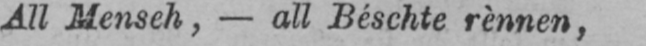
All Menseh, - all Béschte rènnen,